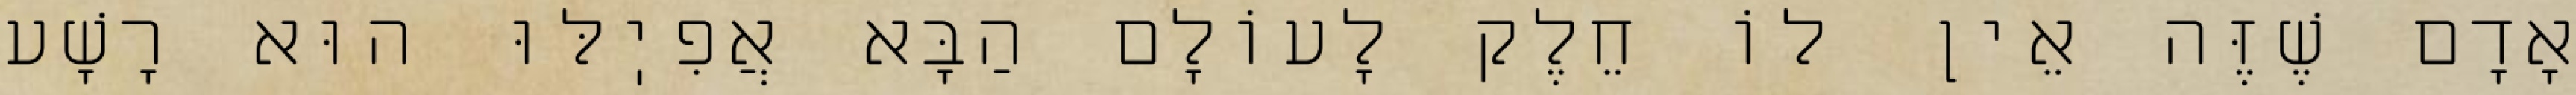
אָדָם שֶׁזֶּה אֵין לוֹ חֵלֶק לָעוֹלָם הַבָּא אֲפִיֽלּוּ הוּא רָשָׁע